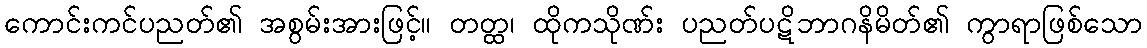
ကောင်းကင်ပညတ်၏ အစွမ်းအားဖြင့်။ တတ္ထ၊ ထိုကသိုဏ်း ပညတ်ပဋိဘာဂနိမိတ်၏ ကွာရာဖြစ်သော